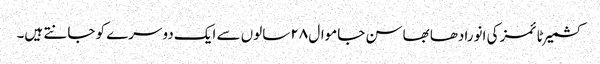
کشمیر ٹائمز کی انورادھا بھاسن جاموال ۲۸ سالوں سے ایک دوسرے کو جانتے ہیں۔